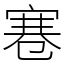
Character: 寋